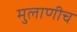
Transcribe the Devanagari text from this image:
मुलाणीच